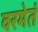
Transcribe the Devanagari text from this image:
वरमेतं